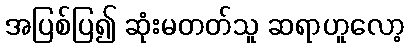
အပြစ်ပြ၍ ဆုံးမတတ်သူ ဆရာဟူလော့